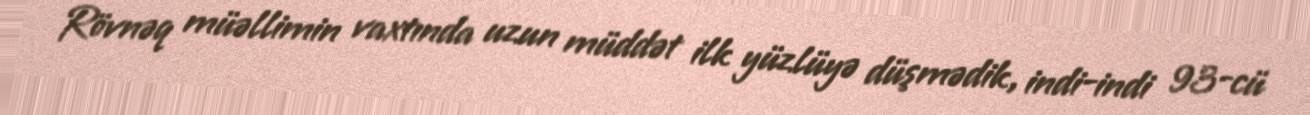
Rövnəq müəllimin vaxtında uzun müddət ilk yüzlüyə düşmədik, indi-indi 93-cü